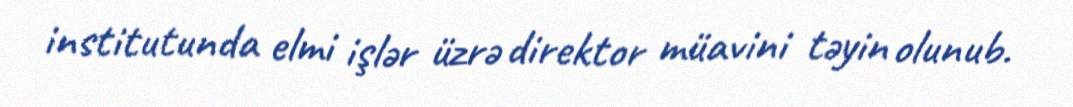
institutunda elmi işlər üzrə direktor müavini təyin olunub.